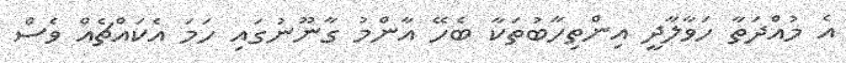
އެ މުއްދަތާ ހަވާލާދީ އިންތިހާބުތަކާ ބެހޭ އާންމު ގާނޫނުގައި ހަމަ އެކައްޗެއް ވެސް